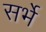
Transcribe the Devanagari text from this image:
सर्भे